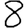
Digit: 8